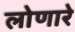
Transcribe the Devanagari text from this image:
लोणारे